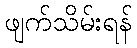
ဖျက်သိမ်းရန်